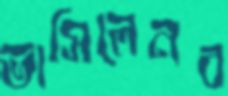
ভাসিলেনব